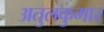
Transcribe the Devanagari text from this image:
अतुलकुमार